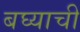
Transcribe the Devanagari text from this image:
बघ्याची